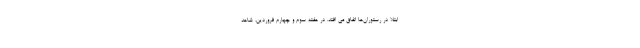
ابتلا در رستوران‌ها اتفاق می افتد. در هفته سوم و چهارم فروردین، شاهد